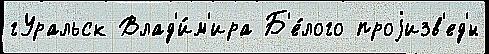
гУральск Влад'и́м'ира Б'е́лого проjизв'ед'́н